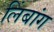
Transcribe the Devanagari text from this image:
लिंबांग